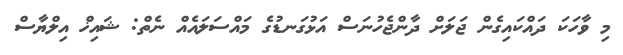
މި ވާހަކަ ދައްކައިގެން ޖަލަށް ދާންޖެހުނަސް އަޅުގަނޑުގެ މައްސަލައެއް ނެތް: ޝައިޚް އިލްޔާސް